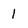
Character: 1